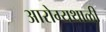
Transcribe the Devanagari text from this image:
आरोग्यथाळी